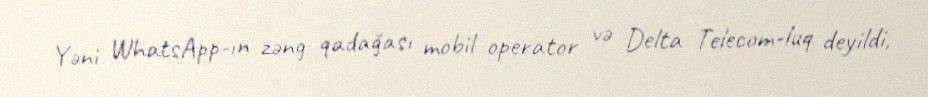
Yəni WhatsApp-ın zəng qadağası mobil operator və Delta Telecom-luq deyildi,